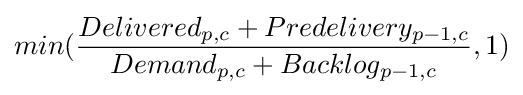
min({\frac {Delivered_{p,c}+Predelivery_{p-1,c}}{Demand_{p,c}+Backlog_{p-1,c}}},1)